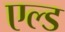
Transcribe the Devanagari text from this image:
एल्ड